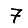
Digit: 7